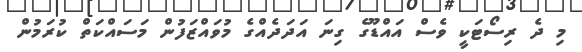
މި ދެ ރިސޯޓަކީ ވެސް އައްޑޫގެ ގިނަ އަދަދެއްގެ މުވައްޒަފުން މަސައްކަތް ކުރަމުން